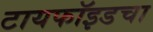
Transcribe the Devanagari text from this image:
टायफॉइडचा